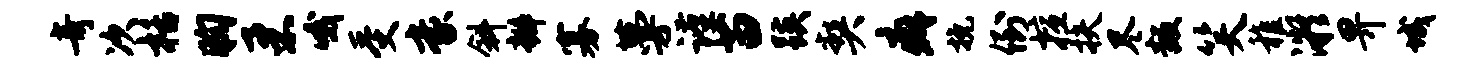
奇次栝胸柔哦受豪斜瓣寡蔓谨苗蹊契癖挽倒擅扶尽叛笑稚凝畀城